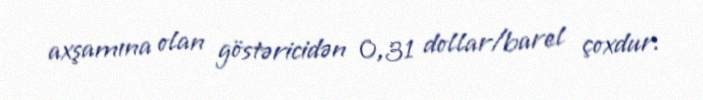
axşamına olan göstəricidən 0,31 dollar/barel çoxdur.